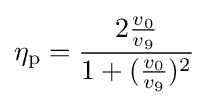
\eta _{\mathrm {p} }={\frac {2{\frac {v_{0}}{v_{9}}}}{1+({\frac {v_{0}}{v_{9}}})^{2}}}